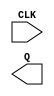
module Ripple_counter(CLK, Q);
   input CLK;
   output [0:13] Q;

   reg [0:13] Q;      // flipflops


   always @(CLK) begin
      Q[0] <= Q[13];   // at posedge clk event
      Q[1] <= Q[0];   // <= is concurrent transfer
      Q[2] <= Q[1];   // right side of <= is current
      Q[3] <= Q[2];   // left side of <= is future
      Q[4] <= Q[3];
      Q[5] <= Q[4];
      Q[6] <= Q[5];
      Q[7] <= Q[6];
      Q[8] <= Q[7];
      Q[9] <= Q[8];
      Q[10] <= Q[9];
      Q[11] <= Q[10];
	  Q[12] <= Q[11];
	  Q[13] <= Q[12];
   end

   initial Q = 14'b10000000000000;
endmodule